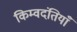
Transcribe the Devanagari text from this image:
किम्वदंतियाँ